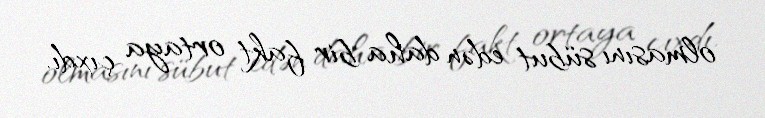
olmasını sübut edən daha bir fakt ortaya çıxdı.